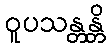
ဝူပသန္တန္တိ